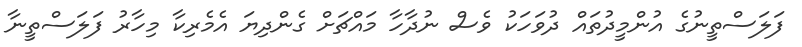
ފަލަސްތީނުގެ އުންމީދުތައް ދުވަހަކު ވެސް ނުދާހާ މައްޗަށް ގެންދިޔަ އެމެރިކާ މިހާރު ފަލަސްތީނާ